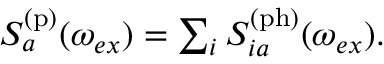
\begin{array} { r } { S _ { a } ^ { \mathrm { ( p ) } } ( \omega _ { e x } ) = \sum _ { i } S _ { i a } ^ { \mathrm { ( p h ) } } ( \omega _ { e x } ) . } \end{array}